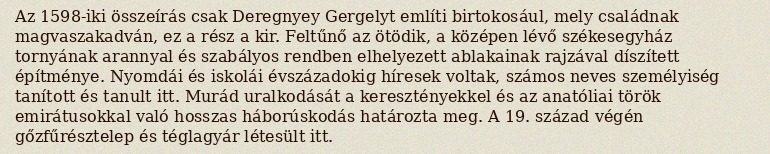
Az 1598-iki összeírás csak Deregnyey Gergelyt említi birtokosául, mely családnak magvaszakadván, ez a rész a kir. Feltűnő az ötödik, a középen lévő székesegyház tornyának arannyal és szabályos rendben elhelyezett ablakainak rajzával díszített építménye. Nyomdái és iskolái évszázadokig híresek voltak, számos neves személyiség tanított és tanult itt. Murád uralkodását a keresztényekkel és az anatóliai török emirátusokkal való hosszas háborúskodás határozta meg. A 19. század végén gőzfűrésztelep és téglagyár létesült itt.